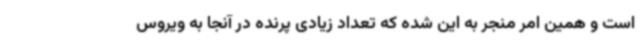
است و همین امر منجر به این شده که تعداد زیادی پرنده در آنجا به ویروس